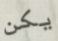
يكن